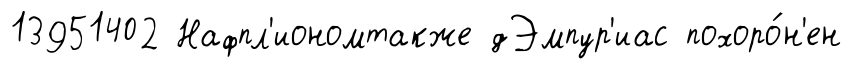
13951402 Нафпл'иономтакже дЭмпур'иас похоро́н'ен